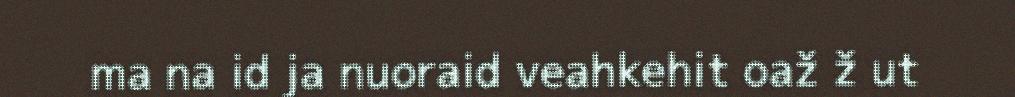
ma na id ja nuoraid veahkehit oaž ž ut